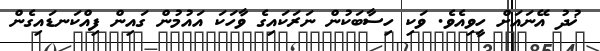
ޚުދު އޭނައަށް ހީވިއެވެ. ވަކި ހިސާބަކުން ނަރަކައިގެ ވާހަކަ އައުމުން ގައިން ފިއްކަނޑައިގެން